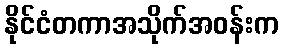
နိုင်ငံတကာအသိုက်အဝန်းက